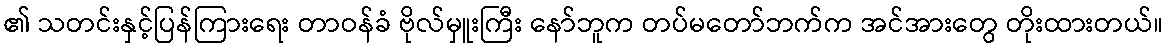
၏ သတင်းနှင့်ပြန်ကြားရေး တာဝန်ခံ ဗိုလ်မှူးကြီး နော်ဘူက တပ်မတော်ဘက်က အင်အားတွေ တိုးထားတယ်။